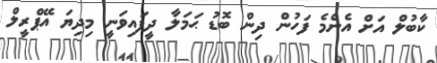
ކާބުލް އަށް އެންމެ ފަހުން ދިން ބޮޑު ޙަމަލާ ދީފައިވަނީ މިދިޔަ އޭޕްރީލް